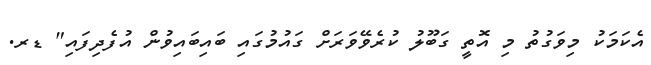
އެކަމަކު މިވަގުތު މި އޮތީ ގަބޫލު ކުރެވޭވަރަށް ގައުމުގައި ބައިބައިވުން އުފެދިފައި" ޑރ.